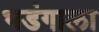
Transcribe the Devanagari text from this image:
भडंगाला